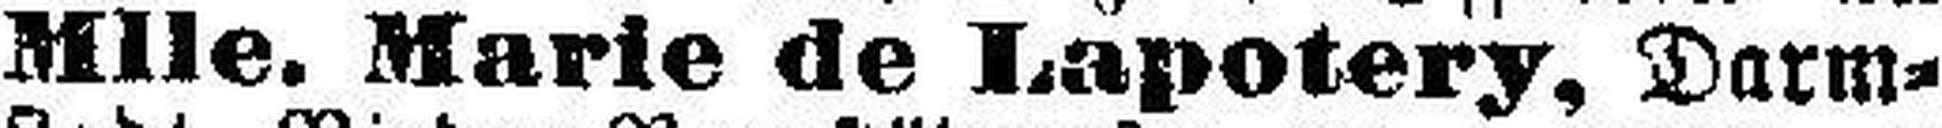
Mlle. Marie de Lapotery, Darm¬